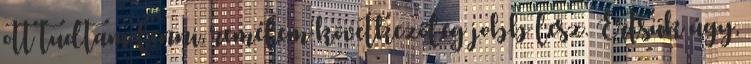
ott tudtam lenni, remélem következőleg jobb lesz. Értsük úgy,